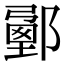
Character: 𨞉